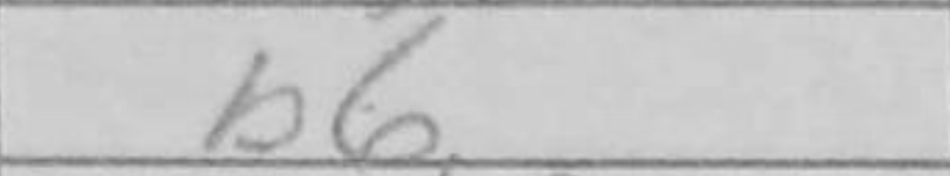
Transcription: b6